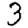
Digit: 3